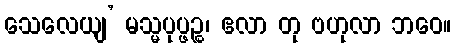
သေလေယျ’ မသ္မပုပ္ဖဉ္စ၊ ဧလာ တု ဗဟုလာ ဘဝေ။